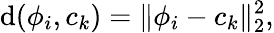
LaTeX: \mathrm{d}(\phi_{i},c_{k})=\lVert\phi_{i}-c_{k}\rVert_{2}^{2},